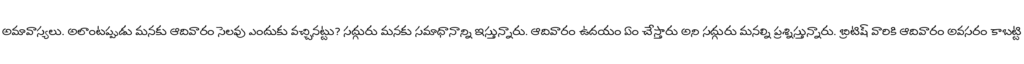
అమావాస్యలు. అలాంటప్పుడు మనకు ఆదివారం సెలవు ఎందుకు వచ్చినట్టు? సద్గురు మనకు సమాధానాన్ని ఇస్తున్నారు. ఆదివారం ఉదయం ఏం చేస్తారు అని సద్గురు మనల్ని ప్రశ్నిస్తున్నారు. బ్రిటిష్ వారికి ఆదివారం అవసరం కాబట్టి